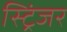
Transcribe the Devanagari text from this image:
स्ट्रिंजर